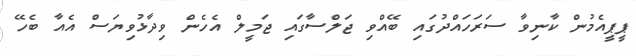
ޕީޕީއެމުން ކާނިވާ ސަރަހައްދުގައި ބޭއްވި ޖަލްސާގައި ޖަމީލް އެހެން ވިދާޅުވިޔަސް އެއާ ބެހޭ